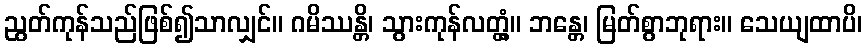
ညွတ်ကုန်သည်ဖြစ်၍သာလျှင်။ ဂမိဿန္တိ၊ သွားကုန်လတ္တံ့။ ဘန္တေ၊ မြတ်စွာဘုရား။ သေယျထာပိ၊